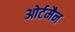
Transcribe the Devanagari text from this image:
ओर्टमैन